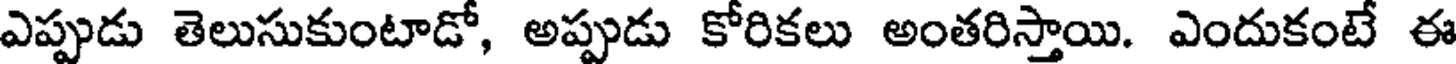
ఎప్పుడు తెలుసుకుంటాడో, అప్పుడు కోరికలు అంతరిస్తాయి. ఎందుకంటే ఈ